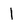
Character: 1